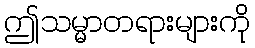
ဤသမ္မာတရားများကို